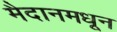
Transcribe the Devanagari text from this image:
मैदानमधून